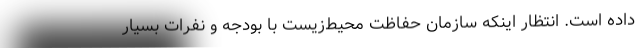
داده است. انتظار اینکه سازمان حفاظت محیط‌زیست با بودجه و نفرات بسیار